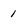
Character: 1